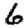
Digit: 6